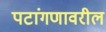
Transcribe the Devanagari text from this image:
पटांगणावरील